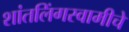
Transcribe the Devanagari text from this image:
शांतलिंगस्वामीचे